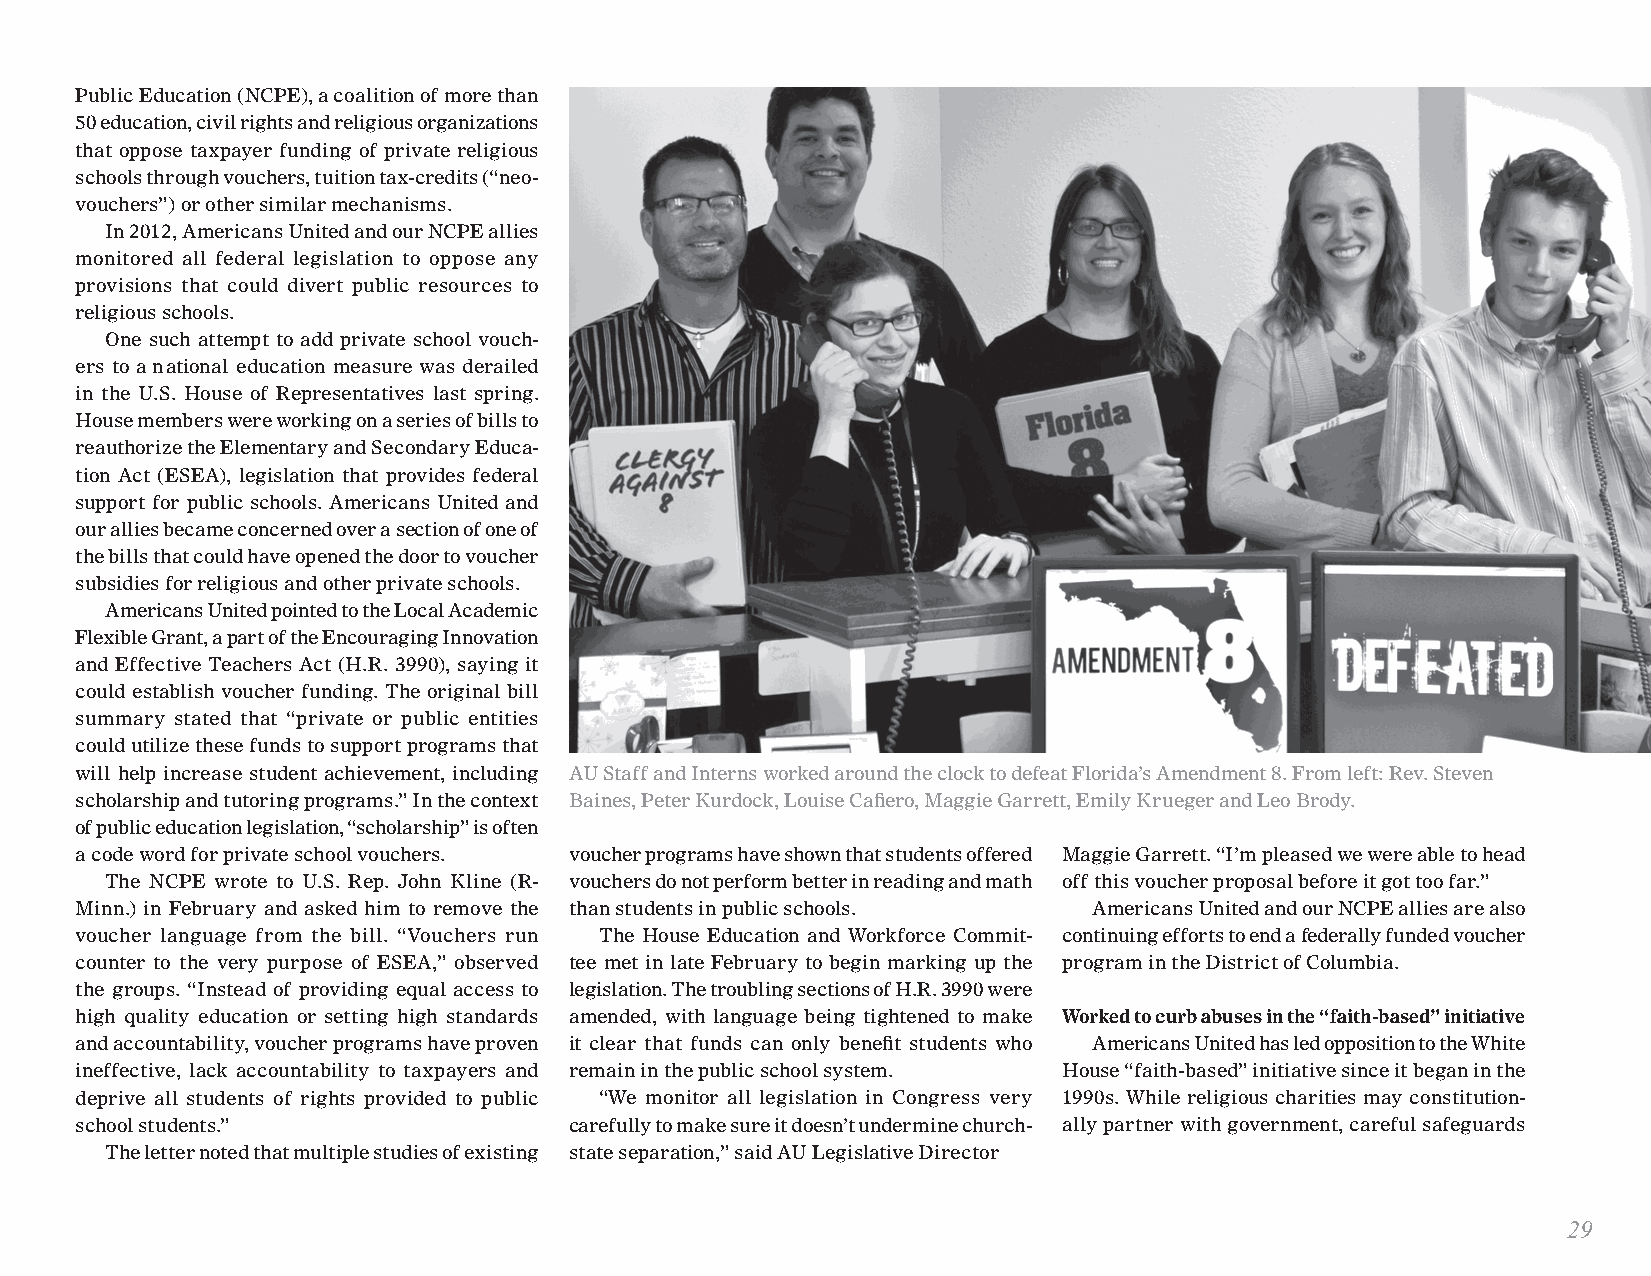
Public Education (NCPE), a coalition of more than
 50 education, civil rights and religious organizations
 that oppose taxpayer funding of private religious
 schools through vouchers, tuition tax-credits (“neo-
 vouchers”) or other similar mechanisms.
 In 2012, Americans United and our NCPE allies
 monitored all federal legislation to oppose any
 provisions that could divert public resources to
 religious schools.
 One such attempt to add private school vouch-
 ers to a national education measure was derailed
 in the U.S. House of Representatives last spring.
 House members were working on a series of bills to
 reauthorize the Elementary and Secondary Educa-
 tion Act (ESEA), legislation that provides federal
 support for public schools. Americans United and
 our allies became concerned over a section of one of
 the bills that could have opened the door to voucher
 subsidies for religious and other private schools.
 Americans United pointed to the Local Academic
 Flexible Grant, a part of the Encouraging Innovation
 and Effective Teachers Act (H.R. 3990), saying it
 could establish voucher funding. The original bill
 summary stated that “private or public entities
 could utilize these funds to support programs that
 will help increase student achievement, including AU Staff and Interns worked around the clock to defeat Florida’s Amendment 8. From left: Rev. Steven
 scholarship and tutoring programs.” In the context Baines, Peter Kurdock, Louise Cafiero, Maggie Garrett, Emily Krueger and Leo Brody.
 of public education legislation, “scholarship” is often
 a code word for private school vouchers. voucher programs have shown that students offered Maggie Garrett. “I’m pleased we were able to head
 The NCPE wrote to U.S. Rep. John Kline (R- vouchers do not perform better in reading and math off this voucher proposal before it got too far.”
 Minn.) in February and asked him to remove the than students in public schools. Americans United and our NCPE allies are also
 voucher language from the bill. “Vouchers run The House Education and Workforce Commit- continuing efforts to end a federally funded voucher
 counter to the very purpose of ESEA,” observed tee met in late February to begin marking up the program in the District of Columbia.
 the groups. “Instead of providing equal access to legislation. The troubling sections of H.R. 3990 were
 high quality education or setting high standards amended, with language being tightened to make Worked to curb abuses in the “faith-based” initiative
 and accountability, voucher programs have proven it clear that funds can only benefit students who Americans United has led opposition to the White
 ineffective, lack accountability to taxpayers and remain in the public school system. House “faith-based” initiative since it began in the
 deprive all students of rights provided to public “We monitor all legislation in Congress very 1990s. While religious charities may constitution-
 school students.”                carefully to make sure it doesn’t undermine church- ally partner with government, careful safeguards
 The letter noted that multiple studies of existing state separation,” said AU Legislative Director
 29